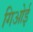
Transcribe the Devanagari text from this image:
गिओई